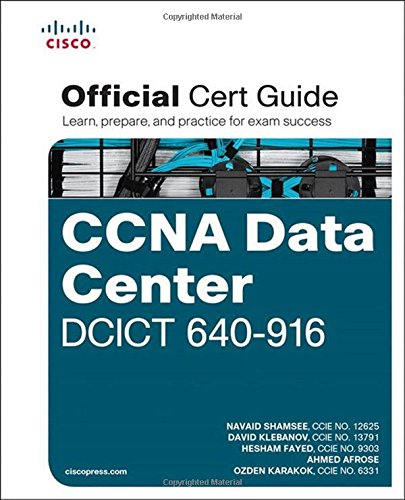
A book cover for CCNA Data Center DCICT 640-916 Official Cert Guide (Certification Guide); Navaid Shamsee; Computers & Technology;